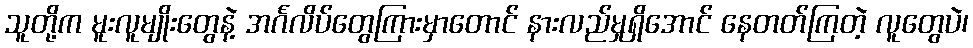
သူတို့က မူးလူမျိုးတွေနဲ့ အင်္ဂလိပ်တွေကြားမှာတောင် နားလည်မှုရှိအောင် နေတတ်ကြတဲ့ လူတွေပဲ၊